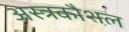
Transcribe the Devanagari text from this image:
अस्त्रकौशल